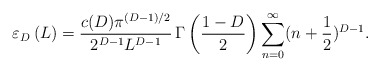
\begin{align*}\varepsilon _{D}\left(L\right)=\frac{c(D)\pi^{(D-1)/2}}{2^{D-1}L^{D-1}}\,\Gamma\left(\frac{1-D}{2}\right)\sum_{n=0}^{\infty}(n+\frac1{2})^{D-1}.\end{align*}